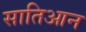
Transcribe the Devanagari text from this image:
सातिआन